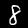
Digit: 8